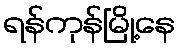
ရန်ကုန်မြို့နေ